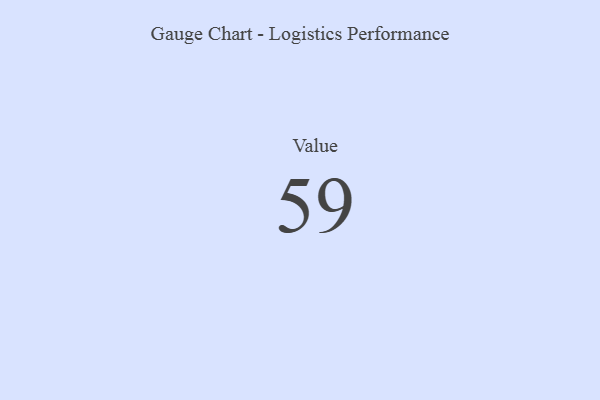
{"axis": {"x": "Metric", "y": "Value"}, "legend": [""], "data": [{"x": "Value", "y": 59, "type": ""}]}